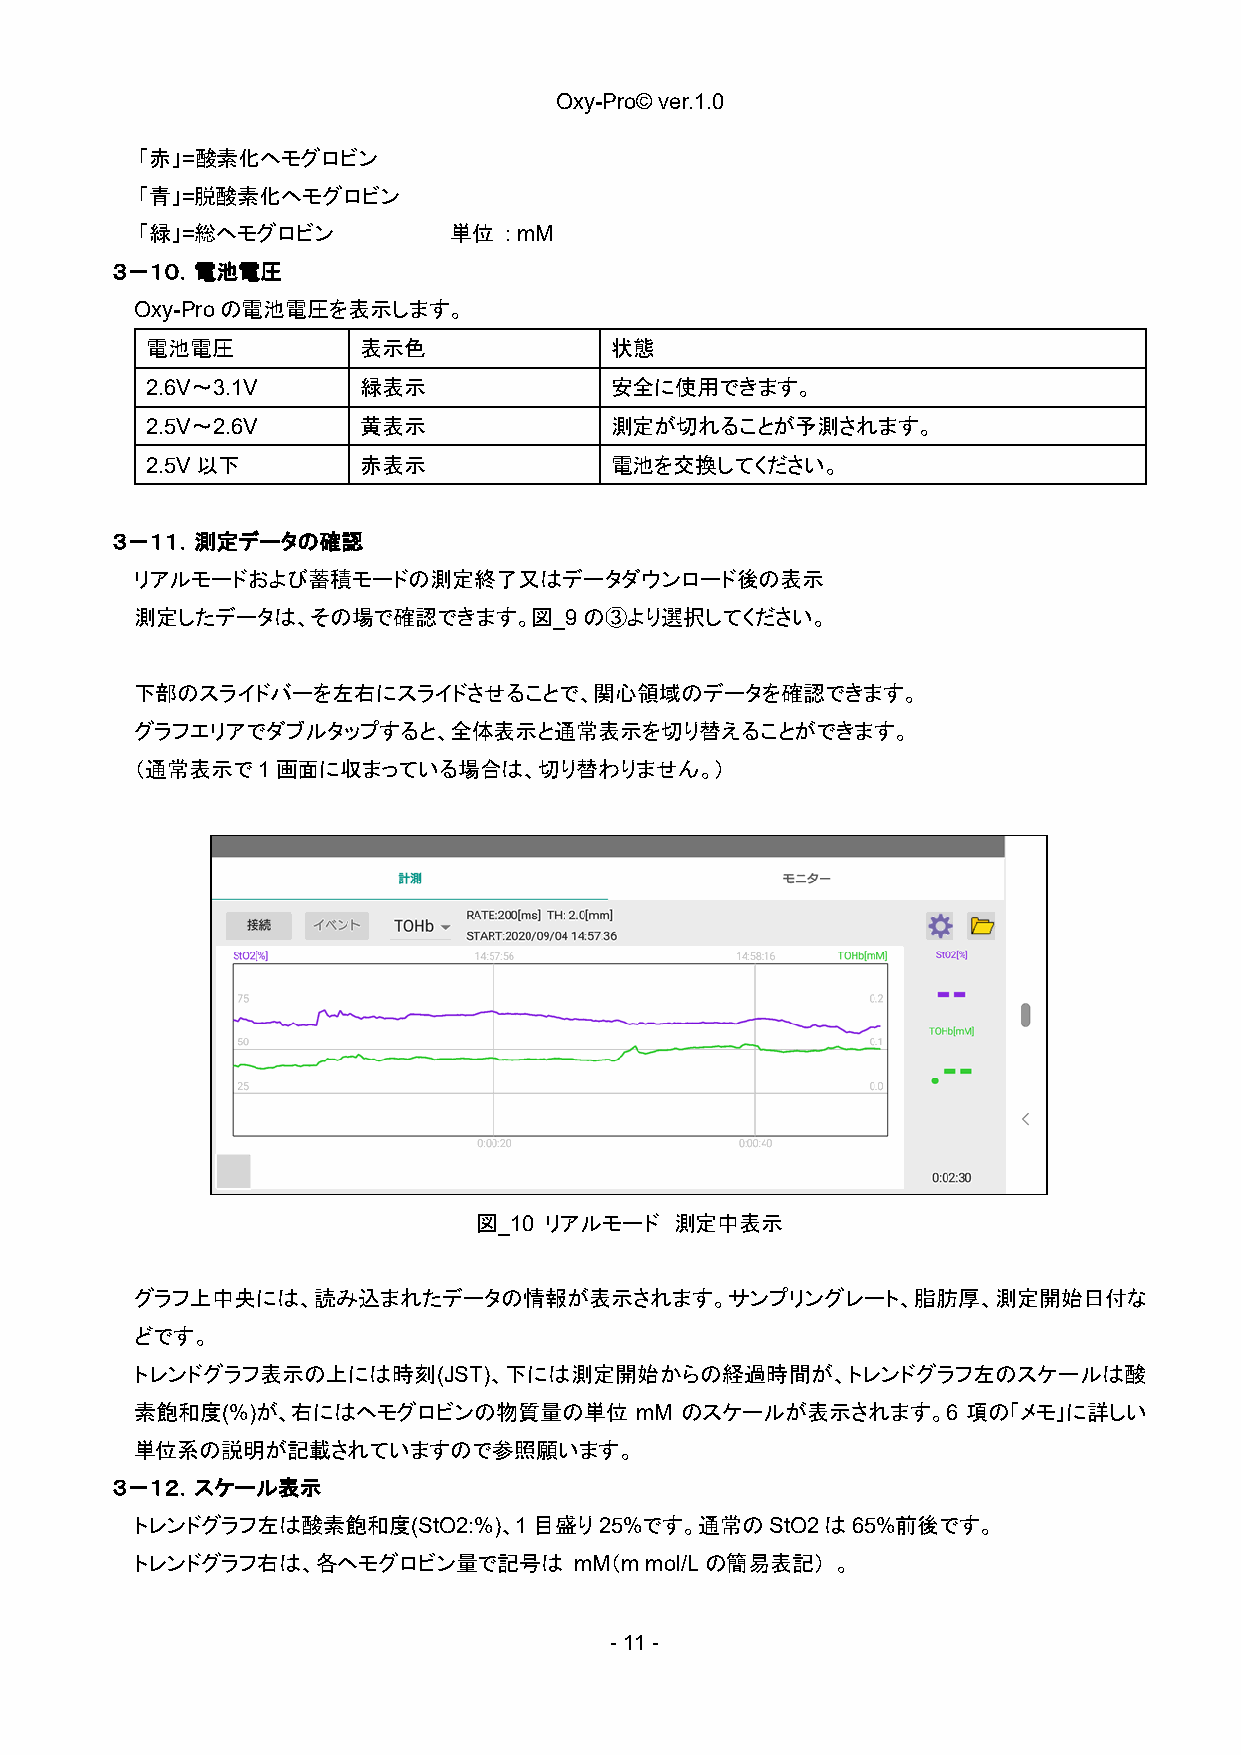
Oxy-Pro© ver.1.0
 「赤」=酸素化ヘモグロビン
 「青」=脱酸素化ヘモグロビン
 「緑」=総ヘモグロビン          単位 : mM
 ３－１０．電池電圧
 Oxy-Proの電池電圧を表示します。
 電池電圧          表示色             状態
 2.6V～3.1V     緑表示             安全に使用できます。
 2.5V～2.6V     黄表示             測定が切れることが予測されます。
 2.5V以下        赤表示             電池を交換してください。
 ３－１１．測定データの確認
 リアルモードおよび蓄積モードの測定終了又はデータダウンロード後の表示
 測定したデータは、その場で確認できます。図_9の③より選択してください。
 下部のスライドバーを左右にスライドさせることで、関心領域のデータを確認できます。
 グラフエリアでダブルタップすると、全体表示と通常表示を切り替えることができます。
 （通常表示で1画面に収まっている場合は、切り替わりません。）
 図_10 リアルモード   測定中表示
 グラフ上中央には、読み込まれたデータの情報が表示されます。サンプリングレート、脂肪厚、測定開始日付な
 どです。
 トレンドグラフ表示の上には時刻(JST)、下には測定開始からの経過時間が、トレンドグラフ左のスケールは酸
 素飽和度(%)が、右にはヘモグロビンの物質量の単位        mM のスケールが表示されます。6     項の「メモ」に詳しい
 単位系の説明が記載されていますので参照願います。
 ３－１２．スケール表示
 トレンドグラフ左は酸素飽和度(StO2:%)、1目盛り25%です。通常のStO2は65%前後です。
 トレンドグラフ右は、各ヘモグロビン量で記号は       mM（m mol/Lの簡易表記） 。
 - 11 -